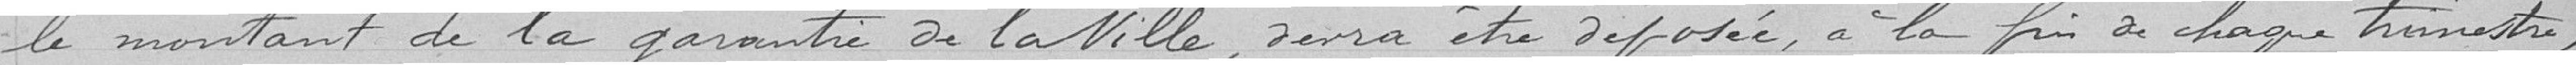
le montant de la garantie de la Ville, devra être déposée, à la fin de chaque trimestre,